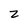
Character: 2